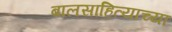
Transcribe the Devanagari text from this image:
बालसाहित्याच्या